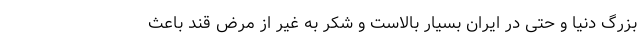
بزرگ دنیا و حتی در ایران بسیار بالاست و شکر به غیر از مرض قند باعث